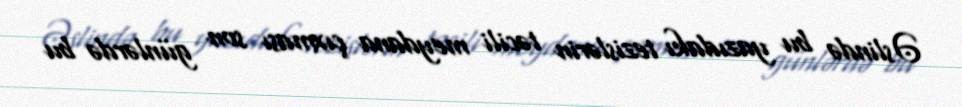
Əslində bu yazıdakı tezislərin təcili meydana çıxması son günlərdə bu